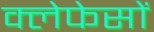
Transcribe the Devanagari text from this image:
क्लेफेसों